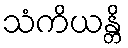
သံကိယန္တိ